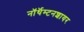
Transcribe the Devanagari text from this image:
नॉर्थॅम्टनशायर